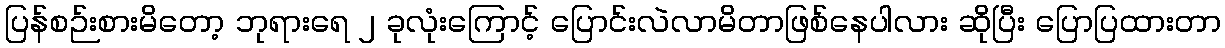
ပြန်စဉ်းစားမိတော့ ဘုရားရေ ၂ ခုလုံးကြောင့် ပြောင်းလဲလာမိတာဖြစ်နေပါလား ဆိုပြီး ပြောပြထားတာ